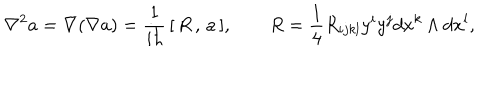
\nabla ^ { 2 } a = \nabla ( \nabla a ) = \frac 1 { i \hbar } \, [ \, R \, , \, a \, ] , \qquad R = \frac 1 4 R _ { i j k l } y ^ { i } y ^ { j } d x ^ { k } \wedge d x ^ { l } ,